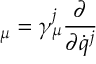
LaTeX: { \bf \Gamma } _ { \mu } = \gamma _ { \mu } ^ { j } { \frac { \partial } { \partial { \dot { q } } ^ { j } } }